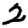
Digit: 2